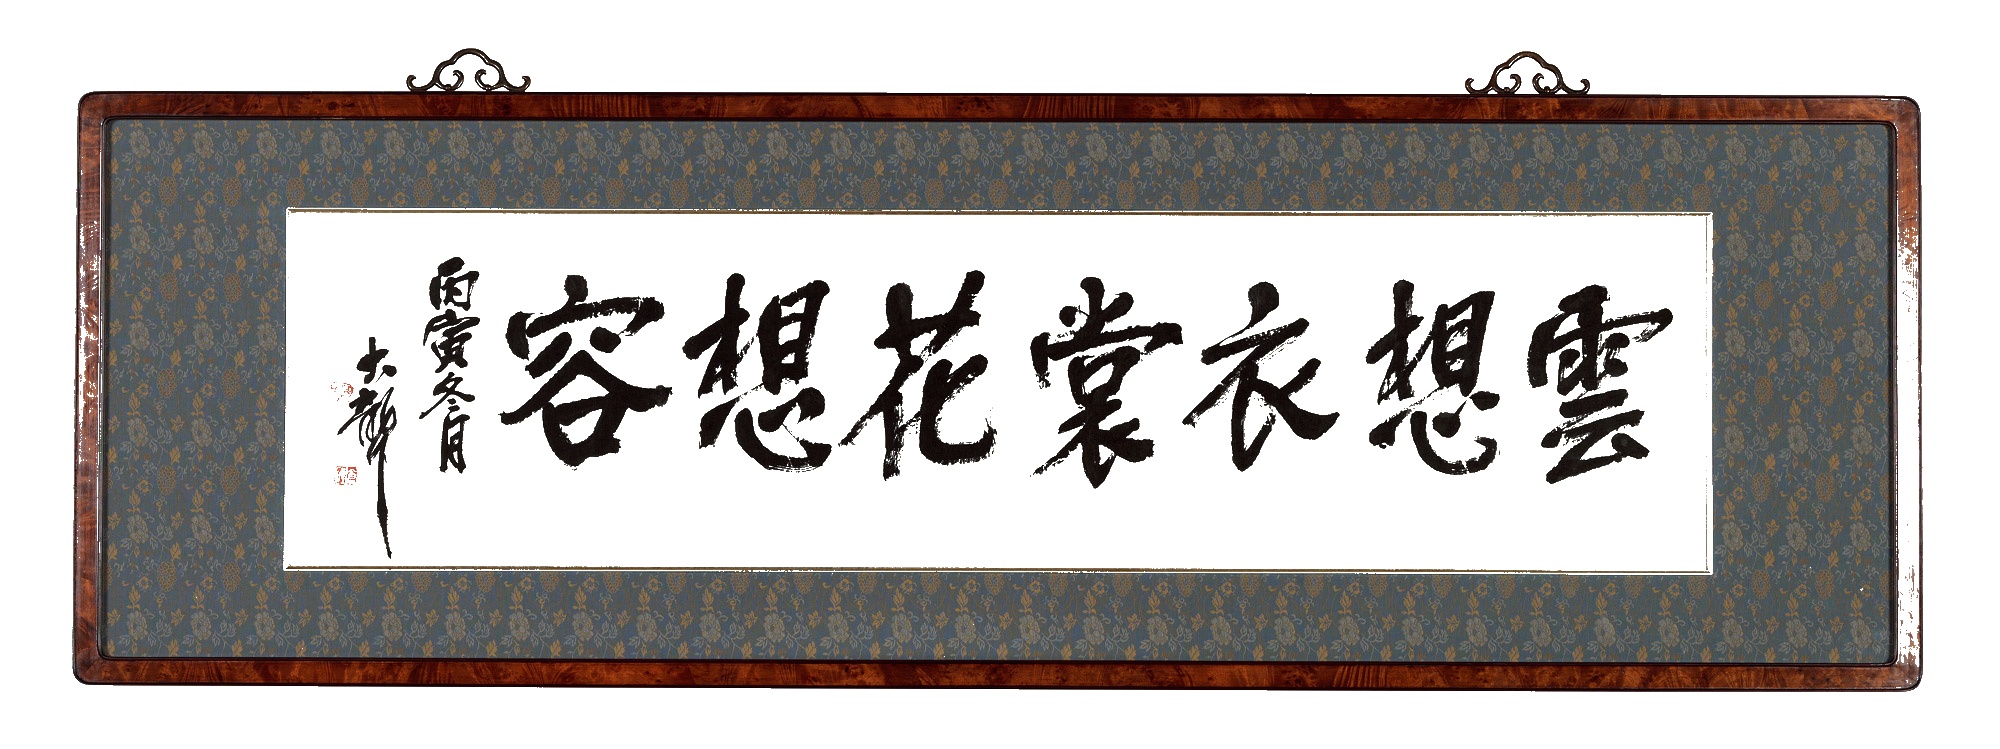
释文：云想衣裳花想容。丙寅冬月，大聋。